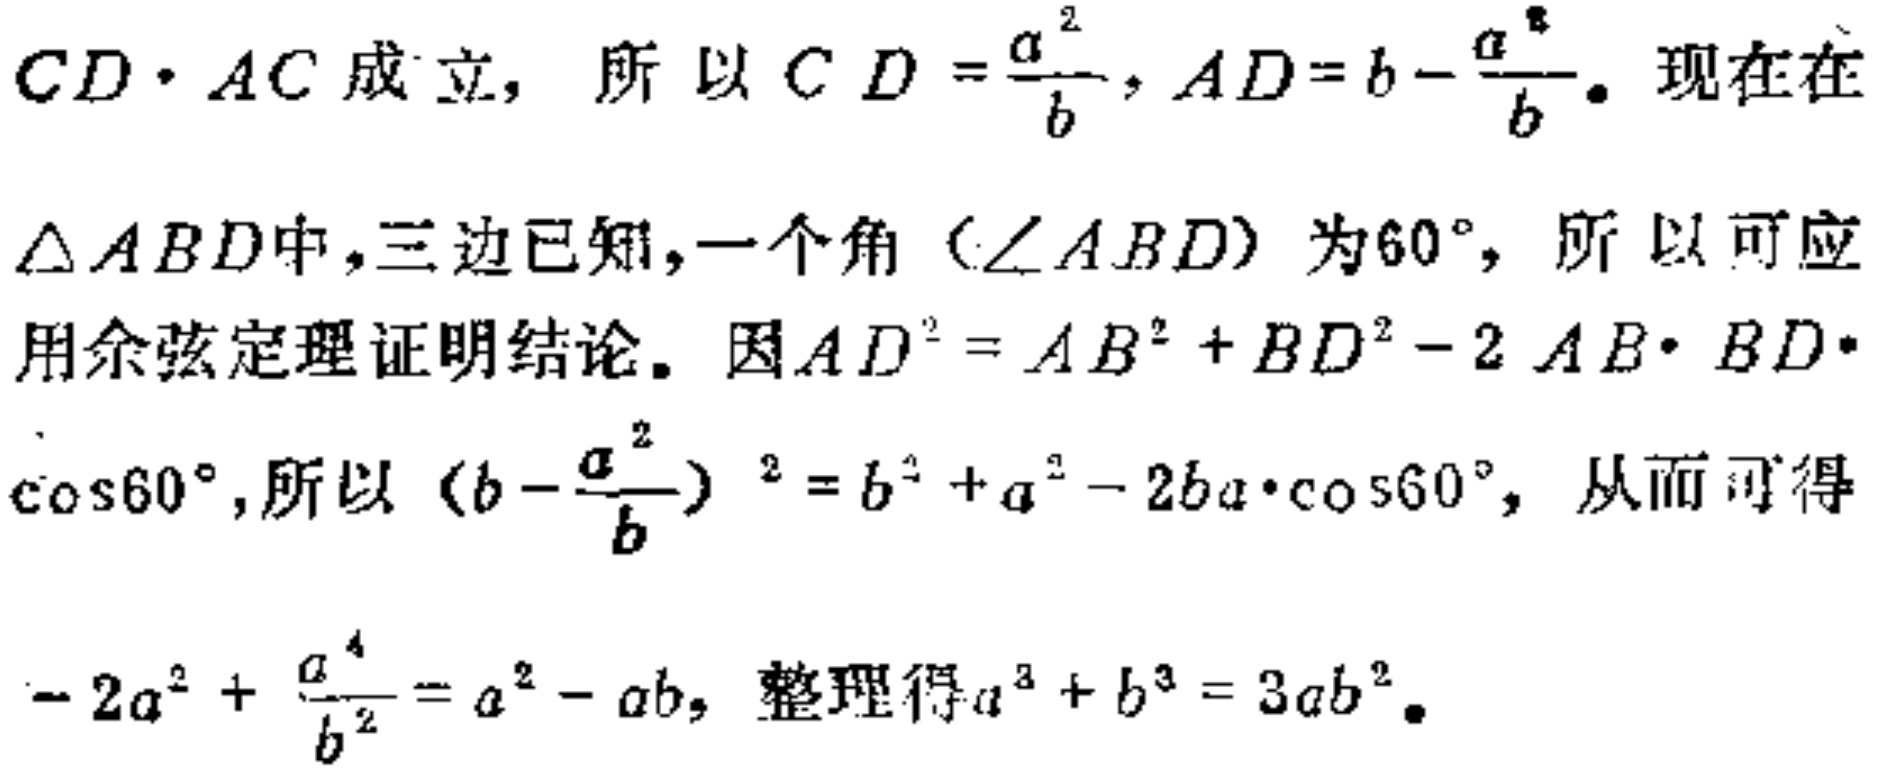
$CD\cdot AC成立，所以CD = \frac{a^{2}}{b}, AD = b - \frac{a^{2}}{b}。现在在\\
\triangle ABD中，三边已知，一个角（\angle ABD）为60^{\circ}，所以可应\\
用余弦定理证明结论。因AD^{2}=AB^{2}+BD^{2}-2AB\cdot BD\cdot\\
\cos 60^{\circ}，所以(b - \frac{a^{2}}{b})^{2}=b^{2}+a^{2}-2ba\cdot\cos 60^{\circ}，从而可得\\
-2a^{2}+\frac{a^{4}}{b^{2}}=a^{2}-ab，整理得a^{3}+b^{3}=3ab^{2}。$